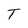
Character: T